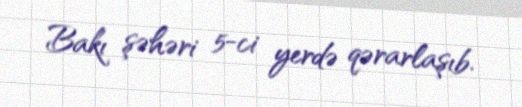
Bakı şəhəri 5-ci yerdə qərarlaşıb.